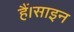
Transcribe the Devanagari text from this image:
हैं।साइन